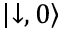
\left| \downarrow , 0 \right\rangle